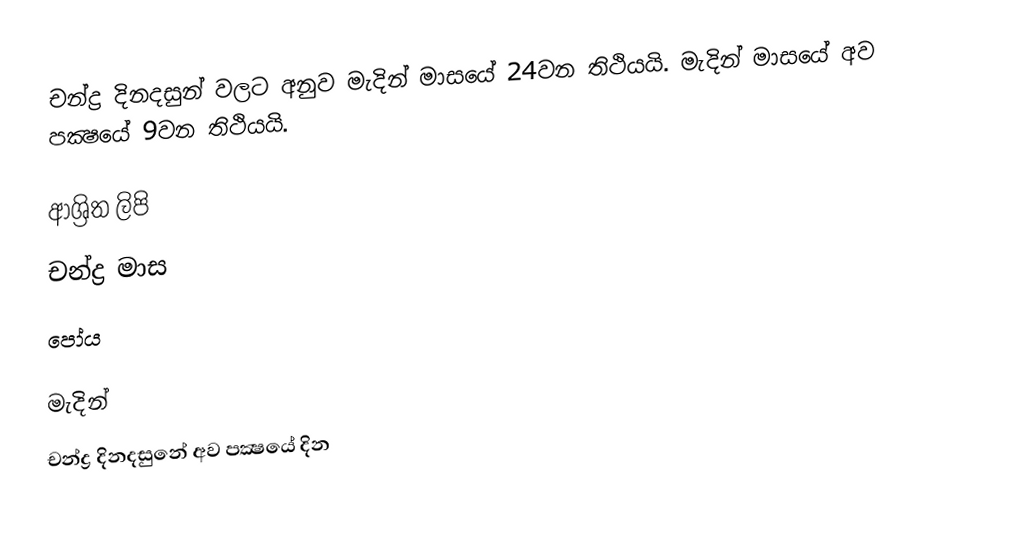
චන්ද්‍ර දිනදසුන් වලට අනුව මැදින් මාසයේ 24වන තිථියයි. මැදින් මාසයේ අව පක්‍ෂයේ 9වන තිථියයි.

ආශ්‍රිත ලිපි
 චන්ද්‍ර මාස
 පෝය

මැදින්
චන්ද්‍ර දිනදසුනේ අව පක්‍ෂයේ දින